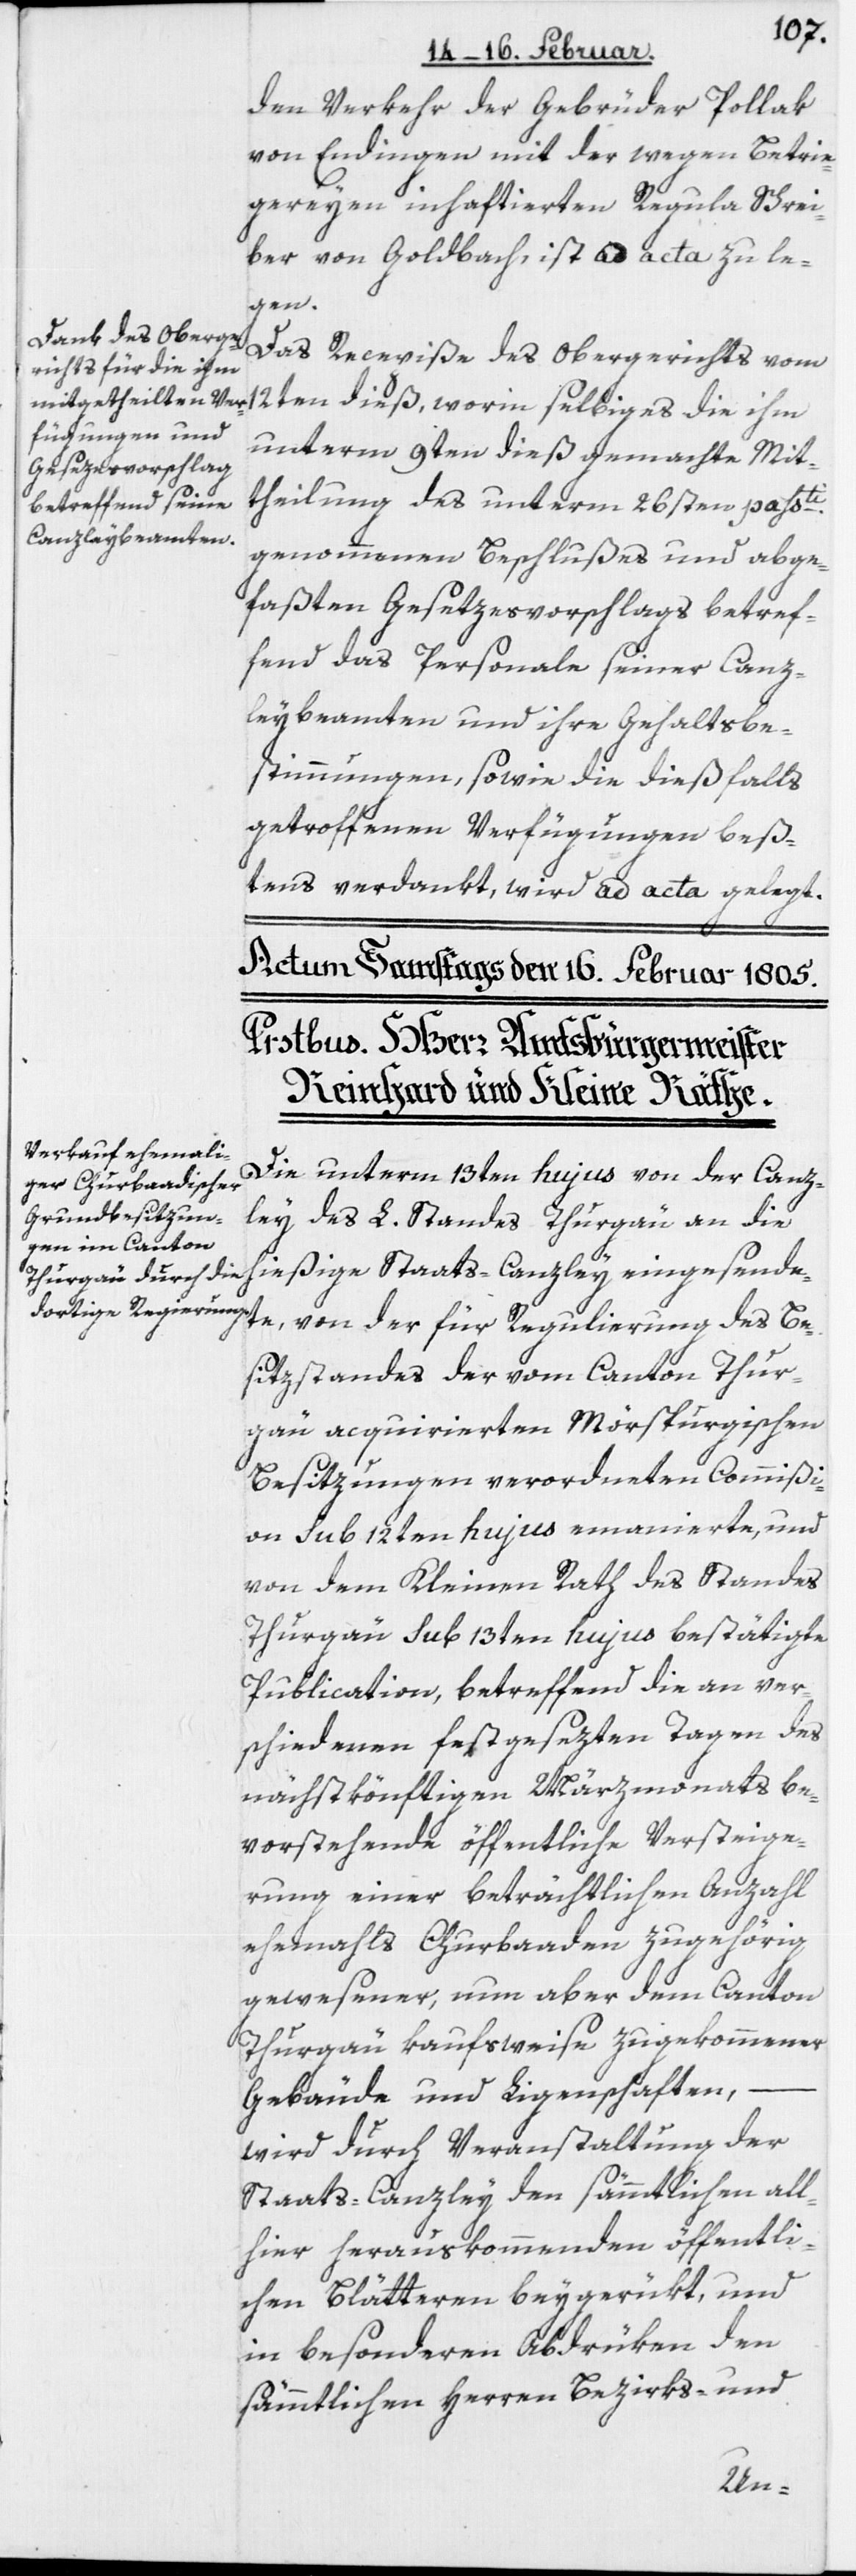
den Verkehr der Gebrüder Pollak
von Endingen mit der wegen Betrie¬
gereyen inhaftierten Regula Schrei¬
ber von Goldbach, ist ad acta zu le¬
gen.
Das Recepiße des Obergerichts vom
12ten dieß, worin selbiges die ihm
unterm 9ten dieß gemachte Mit¬
theilung des unterm 26sten passti.
genommenen Beschlußes und abge¬
faßten Gesetzesvorschlags betref¬
fend das Personale seiner Canz¬
leybeamten und ihre Gehaltsbe¬
stimmungen, sowie die dießfalls
getroffenen Verfügungen beß¬
tens verdankt, wird ad acta gelegt.
Die unterm 13ten hujus von der Canz¬
ley des L. Standes Thurgau an die
hießige Staats-Canzley eingesende¬
te, von der für Regulierung des Be¬
sitzstandes der vom Canton Thur¬
gau acquirierten Mörspurgischen
Besitzungen verordneten Commißi¬
on sub 12ten hujus emanierte, und
von dem Kleinen Rath des Standes
Thurgau sub 13ten hujus bestätigte
Publication, betreffend die an ver¬
schiedenen festgesetzten Tagen des
nächstkönftigen Märzmonats be¬
vorstehende öffentliche Versteige¬
rung einer beträchtlichen Anzahl
ehemahls Churbaaden zugehörig
gewesener, nun aber dem Canton
Thurgau kaufsweise zugekommener
Gebäude und Liegenschaften,
wird durch Veranstaltung der
Staats-Canzley den sämmtlichen all¬
hier herauskommenden öffentli¬
chen Blätteren beygerükt, und
in besonderen Abdrüken den
sämmtlichen Herren Bezirks- und